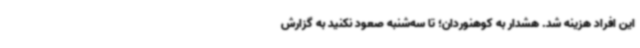
این افراد هزینه شد. هشدار به کوهنوردان؛ تا سه‌شنبه صعود نکنید به گزارش